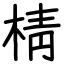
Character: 棈